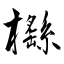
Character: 櫾